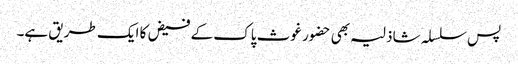
پس سلسلہ شاذلیہ بھی حضور غوث پاک کے فیض کا ایک طریق ہے۔